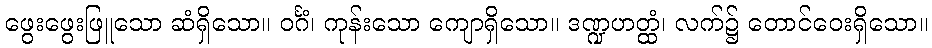
ဖွေးဖွေးဖြူသော ဆံရှိသော။ ဝင်္ဂံ၊ ကုန်းသော ကျောရှိသော။ ဒဏ္ဍဟတ္ထံ၊ လက်၌ တောင်ဝေးရှိသော။